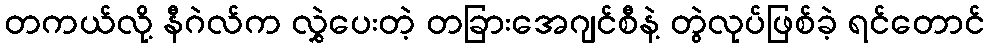
တကယ်လို့ နီဂဲလ်က လွှဲပေးတဲ့ တခြားအေဂျင်စီနဲ့ တွဲလုပ်ဖြစ်ခဲ့ ရင်တောင်